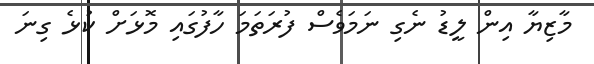
މާޒިޔާ އިން ލީޑު ނެގި ނަމަވެސް ފުރަތަމަ ހާފުގައި މޮޅަށް ކުޅެ ގިނަ